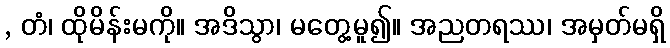
, တံ၊ ထိုမိန်းမကို။ အဒိသွာ၊ မတွေ့မူ၍။ အညတရဿ၊ အမှတ်မရှိ